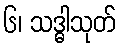
၆၊ သဒ္ဓါသုတ်